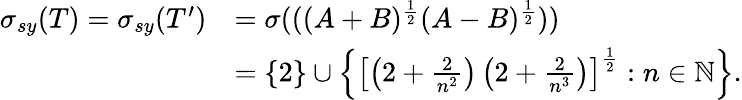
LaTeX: \begin{array}{rl}{\sigma_{sy}(T)=\sigma_{sy}(T^{\prime})}&{=\sigma(((A+B)^{\frac{1}{2}}(A-B)^{\frac{1}{2}}))}\\ &{=\{ 2\} \cup\left\{ \left[\left(2+\frac{2}{n^{2}}\right)\left(2+\frac{2}{n^{3}}\right)\right]^{\frac{1}{2}}:n\in\mathbb{N}\right\} .}\end{array}